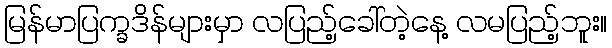
မြန်မာပြက္ခဒိန်များမှာ လပြည့်ခေါ်တဲ့နေ့ လမပြည့်ဘူး။